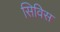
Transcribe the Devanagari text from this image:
सिविस